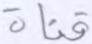
قناة